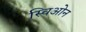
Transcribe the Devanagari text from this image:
स्चिओन